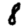
Digit: 8